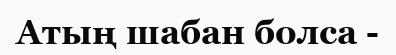
Атың шабан болса -